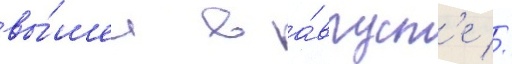
вы́шел в а́вгуст'е //